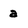
Character: a